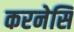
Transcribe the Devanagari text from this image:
करनेसि